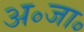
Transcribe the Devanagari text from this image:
अ॰जा॰